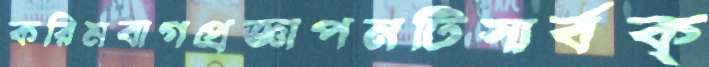
করিমবাগপ্রজ্ঞাপনটিসার্বক্